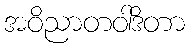
အဝိညာတဝါဒိတာ